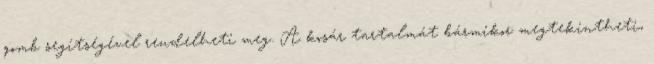
gomb segítségével rendelheti meg. A kosár tartalmát bármikor megtekintheti,